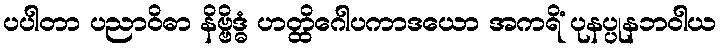
ပပါတာ ပညာဝိဓာ နိဗ္ဗိဒ္ဓံ ဟတ္ထိဂေါပကာဒယော အကရိံ ပုနပ္ပုနဘဝါယ